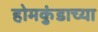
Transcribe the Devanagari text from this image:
होमकुंडाच्या